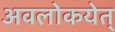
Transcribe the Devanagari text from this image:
अवलोकयेत्